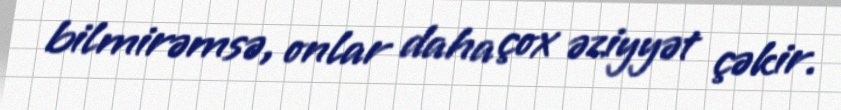
bilmirəmsə, onlar daha çox əziyyət çəkir.